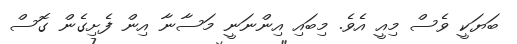
ބަޔަކީ ވެސް މިއީ އެވެ. މިބައި އިންނަނީ މަސާނާ އިން ފެށިގެން ގޮސް